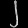
Digit: ၂